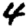
Digit: 4